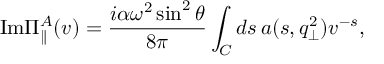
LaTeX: \mathrm { I m } \Pi _ { \parallel } ^ { A } ( v ) = \frac { i \alpha \omega ^ { 2 } \sin ^ { 2 } \theta } { 8 \pi } \int _ { C } d s \, a ( s , q _ { \bot } ^ { 2 } ) v ^ { - s } ,